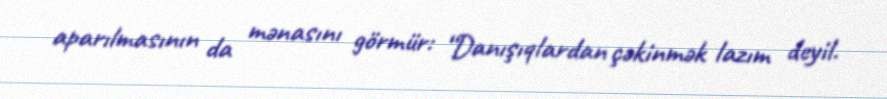
aparılmasının da mənasını görmür: “Danışıqlardan çəkinmək lazım deyil.